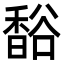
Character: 𧯄